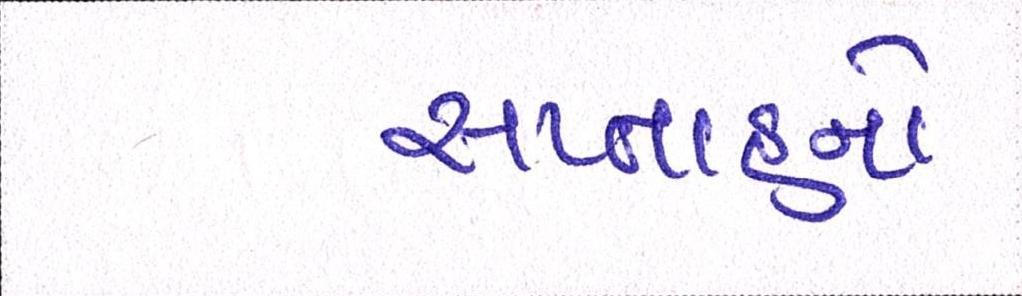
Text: સપ્તાહનો